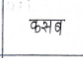
मजकूर: कसब